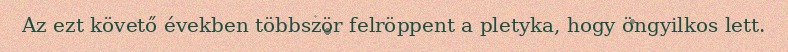
Az ezt követő években többször felröppent a pletyka, hogy öngyilkos lett.